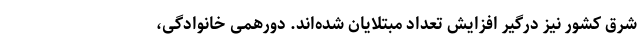
شرق کشور نیز درگیر افزایش تعداد مبتلایان شده‌اند. دورهمی خانوادگی،